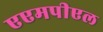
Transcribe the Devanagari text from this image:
एएमपीएल